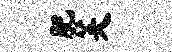
肥芙